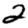
Digit: 2